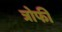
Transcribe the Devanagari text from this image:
त्रोफी